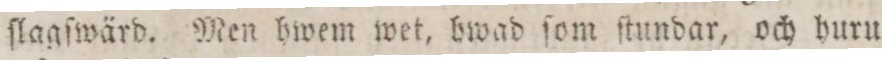
ſlagſwärd. Men hwem wet, hwad ſom ſtundar, och huru